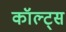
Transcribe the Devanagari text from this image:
कॉल्ट्स